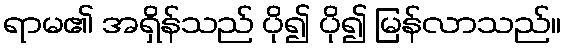
ရာမ၏ အရှိန်သည် ပို၍ ပို၍ မြန်လာသည်။